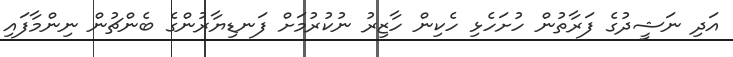
އަދި ނަޝީދުގެ ފަރާތުން ހުށަހެޅި ހެކިން ހާޒިރު ނުކުރުމަށް ފަނޑިޔާރުންގެ ބެންޗުން ނިންމާފައި